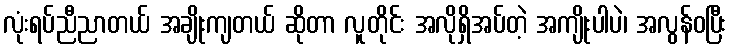
လုံးရပ်ညီညာတယ် အချိုးကျတယ် ဆိုတာ လူတိုင်း အလိုရှိအပ်တဲ့ အကျိုးပါပဲ၊ အလွန်ဝပြီး